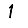
Digit: 1